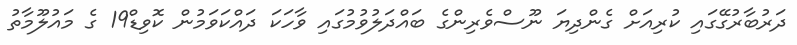
ދަރުބާރުގޭގައި ކުރިއަށް ގެންދިޔަ ނޫސްވެރިންގެ ބައްދަލުވުމުގައި ވާހަކަ ދައްކަވަމުން ކޮވިޑް19 ގެ މައުލޫމާތު